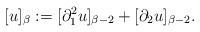
LaTeX: \begin{align*}[u]_{\beta} := [\partial_1^2 u]_{\beta -2} + [\partial_2 u]_{\beta -2}.\end{align*}